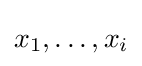
x_{1},\ldots ,x_{i}